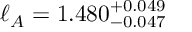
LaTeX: \ell _ { A } = 1 . 4 8 0 _ { - 0 . 0 4 7 } ^ { + 0 . 0 4 9 }